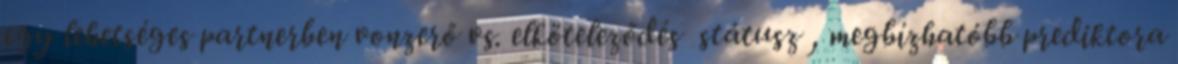
egy lehetséges partnerben vonzerő vs. elköteleződés státusz , megbízhatóbb prediktora